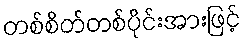
တစ်စိတ်တစ်ပိုင်းအားဖြင့်